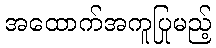
အထောက်အကူပြုမည့်